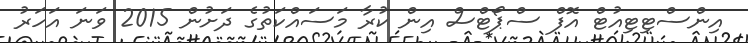
އިންސްޓިޓިއުޓް އޮފް ސްޕޯޓްސް އިން ކުރާ މަސައްކަތުގެ ދަށުން 2015 ވަނަ އަހަރު